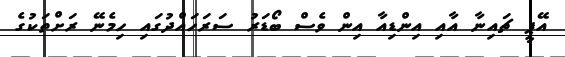
އޭޕީ ޗައިނާ އާއި އިންޑިއާ އިން ވެސް ބޯޑަރު ސަރަހައްދުގައި ހިމެނޭ ރަށްތަކުގެ